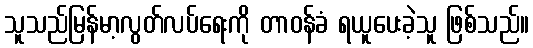
သူသည်မြန်မာ့လွတ်လပ်ရေးကို တာဝန်ခံ ရယူပေးခဲ့သူ ဖြစ်သည်။